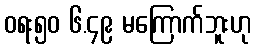
ဝရး၅၀ ၆.၄၉ မကြောက်ဘူးဟု